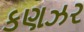
કણઝર